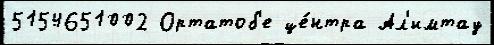
5154651002 Ортатоб'е це́нтра Ал'имтау